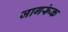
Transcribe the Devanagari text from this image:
जागरूंक